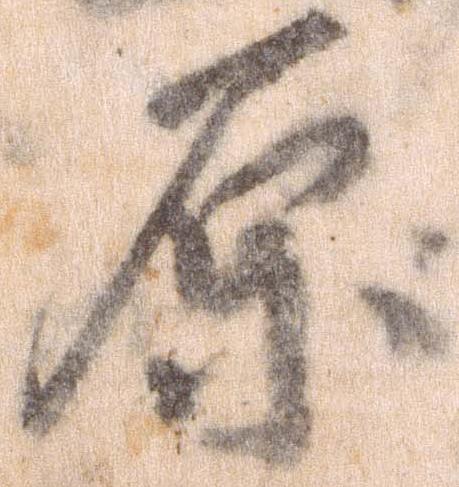
原